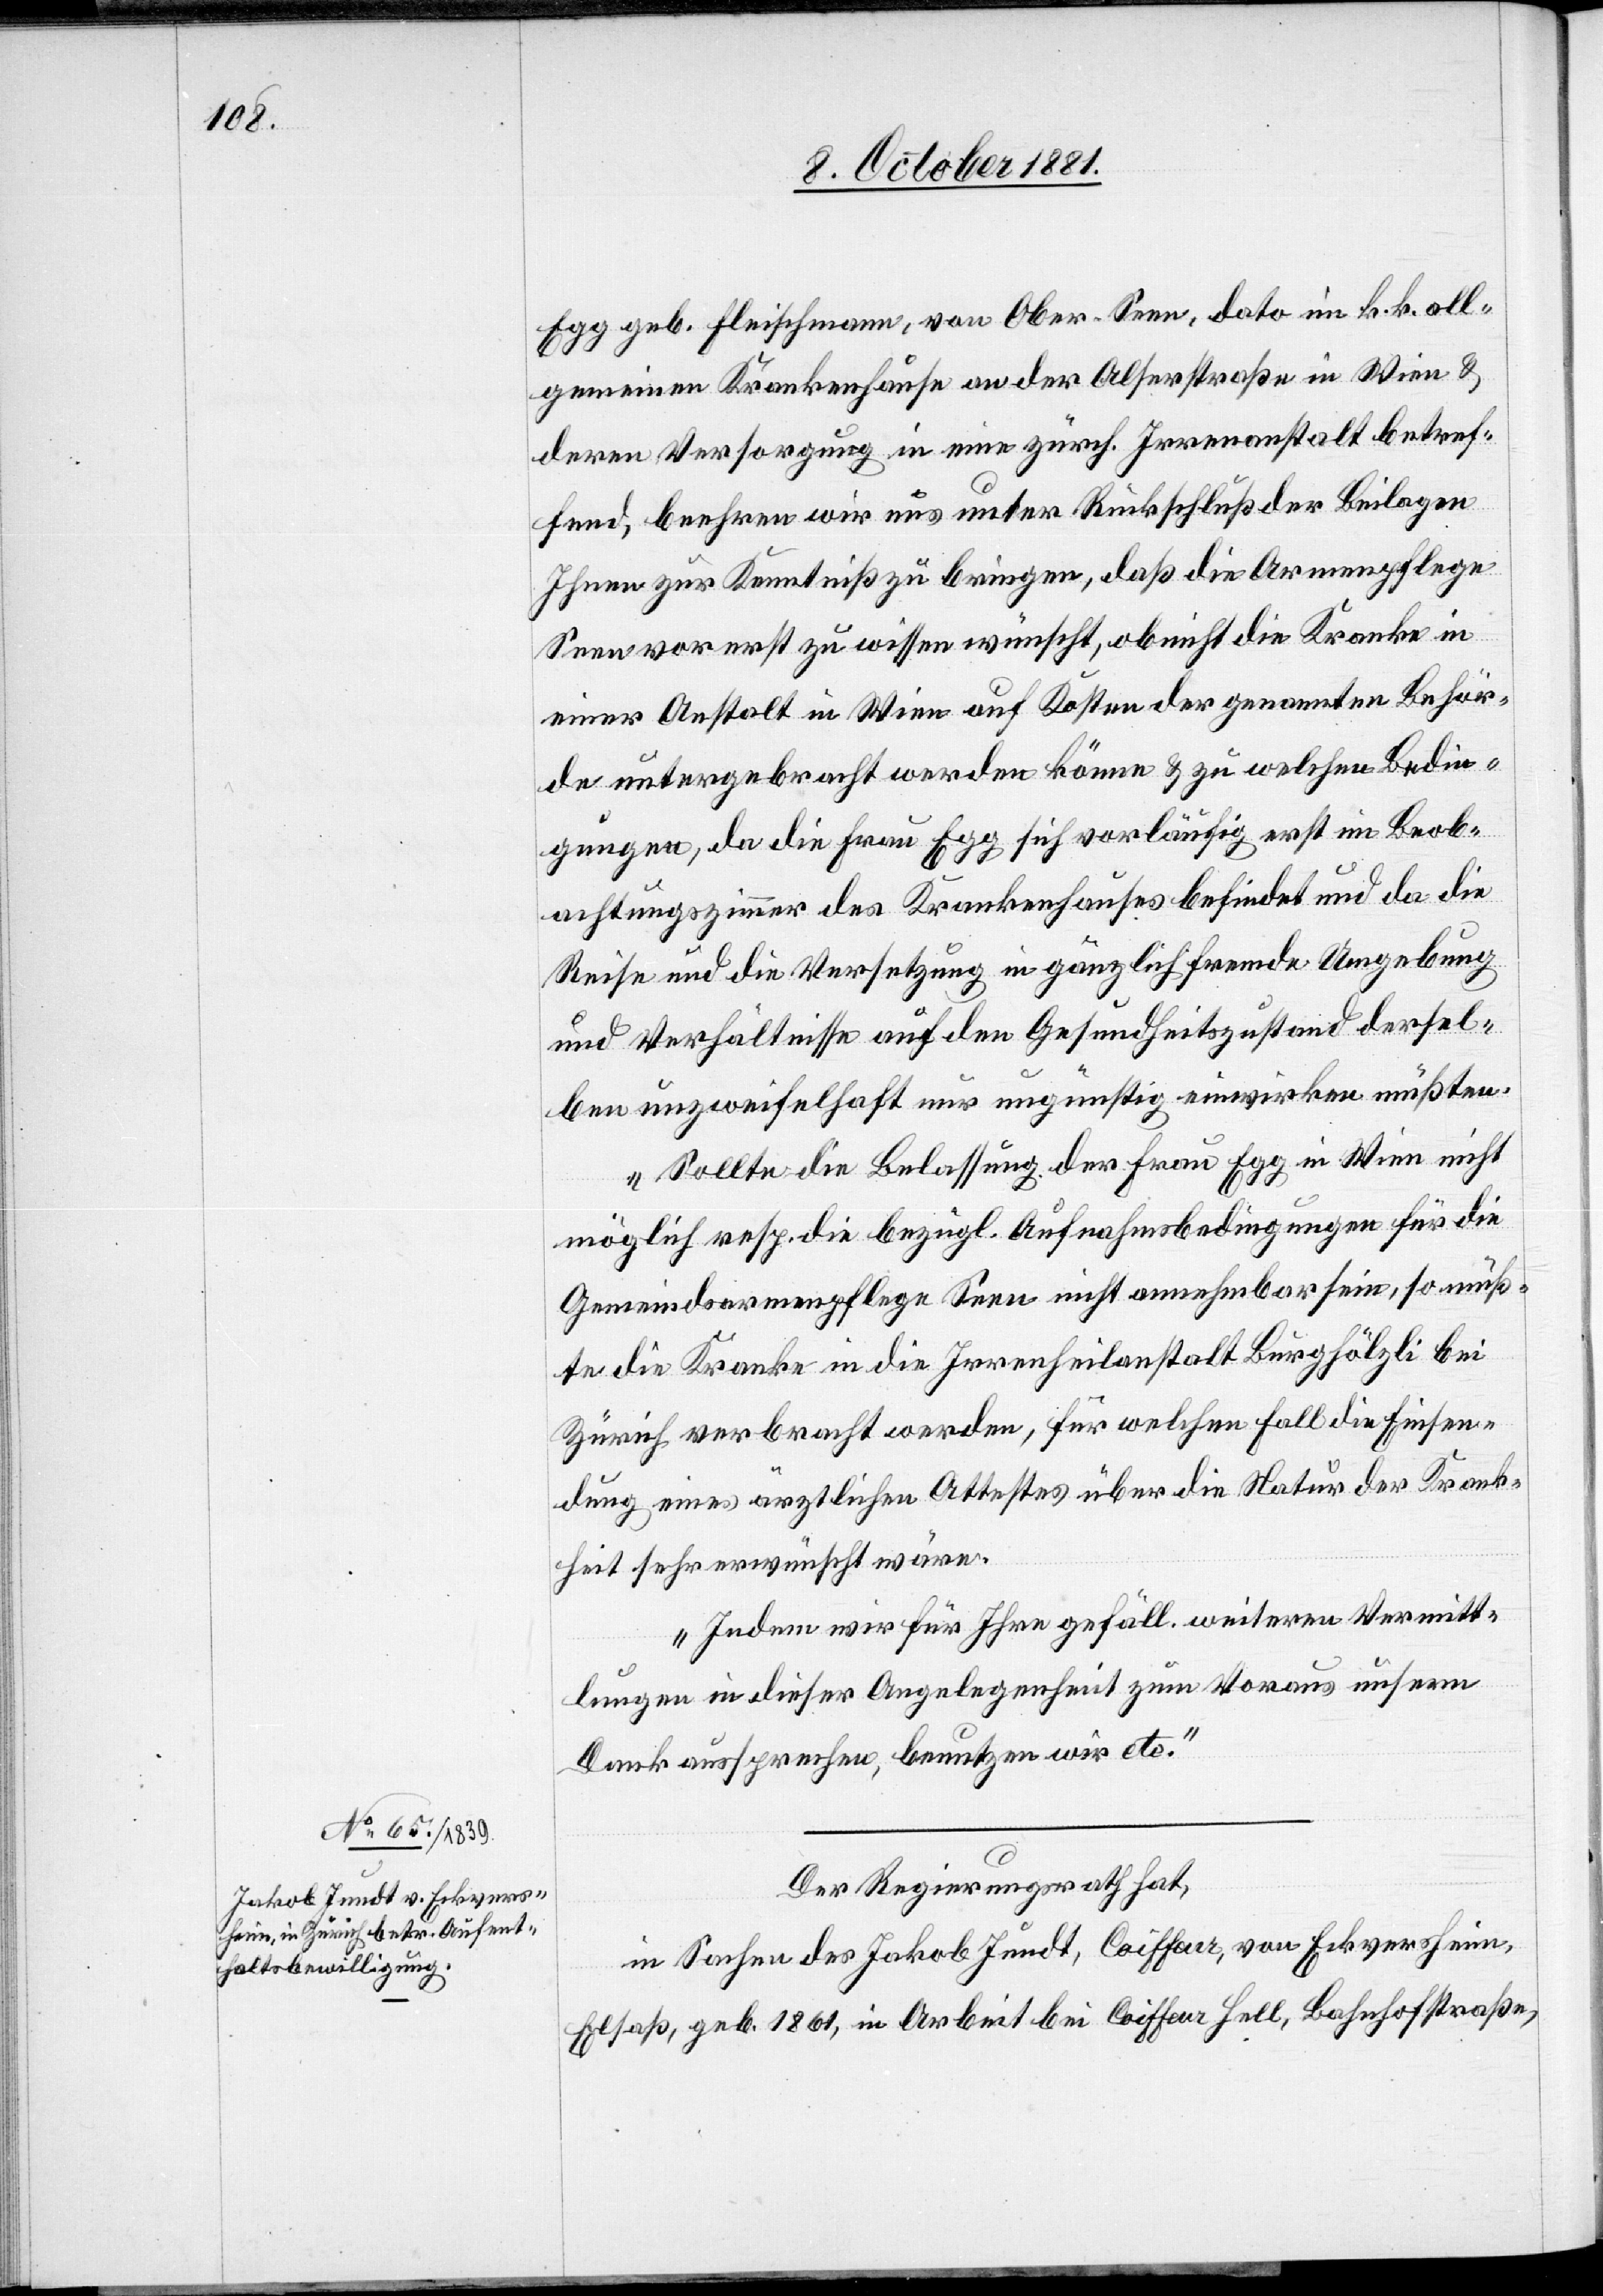
Egg, geb. Fleischmann, von Ober-Seen, dato im k. k. all¬
gemeinen Krankenhause an der Alserstraße in Wien &
deren Versorgung in eine zürch. Irrenanstalt betref¬
fend, beehren wir uns unter Rückschluß der Beilagen
Ihnen zur Kenntniß zu bringen, daß die Armenpflege
Seen vorerst zu wissen wünscht, ob nicht die Kranke in
einer Anstalt in Wien auf Kosten der genannten Behör¬
de untergebracht werden könne & zu welchen Bedin¬
gungen, da die Frau Egg sich vorläufig erst im Beob¬
achtungszimmer des Krankenhauses befindet und da die
Reise und die Versetzung in gänzlich fremde Umgebung
und Verhältnisse auf den Gesundheitszustand dersel¬
ben unzweifelhaft nur ungünstig einwirken müßten.
Sollte die Belassung der Frau Egg in Wien nicht
möglich resp. die bezügl. Aufnahmsbedingungen für die
Gemeindsarmenpflege Seen nicht annehmbar sein, so müß¬
te die Kranke in die Irrenheilanstalt Burghölzli bei
Zürich verbracht werden, für welchen Fall die Einsen¬
dung eines ärztlichen Attestes über die Natur der Krank¬
heit sehr erwünscht wäre.
Indem wir für Ihre gefäll. weiteren Vermitt¬
lungen in dieser Angelegenheit zum Voraus unsern
Dank aussprechen, benutzen wir etc.“
Der Regierungsrath hat,
in Sachen des Jakob Jundt, Coiffeur, von Eckversheim,
Elsaß, geb. 1861, in Arbeit bei Coiffeur Hell, Bahnhofstraße,